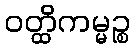
ဝတ္ထိကမ္မဉ္စ